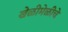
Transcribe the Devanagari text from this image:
खेळीमेळीचे